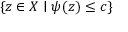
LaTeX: \{ z \in X \mid \psi ( z ) \leq c \}